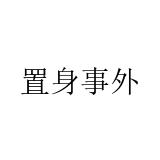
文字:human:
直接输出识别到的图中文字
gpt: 置身事外